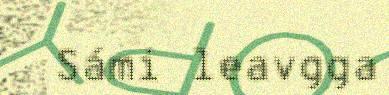
Sámi leavgga